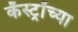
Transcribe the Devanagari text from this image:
कॅस्ट्रोंच्या